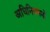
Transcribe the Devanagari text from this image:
अधिनियमनों